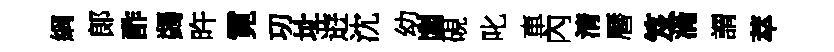
綱郞酢蠲旿霓㓛址逰沈幼閭硯叱車內清曆笈滿謂萃